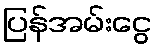
ပြန်အမ်းငွေ